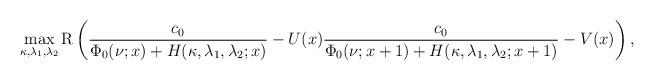
LaTeX: \begin{align*}\max_{\kappa,\lambda_{1},\lambda_{2}}\mathrm{R}\left(\frac{c_0}{\Phi_0(\nu;x)+H(\kappa,\lambda_1,\lambda_2;x)}-U(x)\frac{c_0}{\Phi_0(\nu;x+1)+H(\kappa,\lambda_1,\lambda_2;x+1)}-V(x)\right),\end{align*}